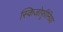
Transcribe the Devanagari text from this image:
स्किजोफ़्रीनिया